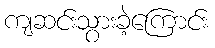
ကျဆင်းသွားခဲ့ကြောင်း